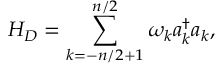
H _ { D } = \sum _ { k = - n / 2 + 1 } ^ { n / 2 } \omega _ { k } a _ { k } ^ { \dagger } a _ { k } ,